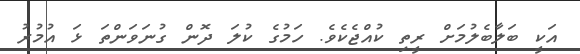
އަކީ ބަލާބެލުމަށް ރީތި ކުއްޖެކެވެ. ހަމުގެ ކުލަ ދޮން ގުނަވަންތަ ޅަ އުމުރު